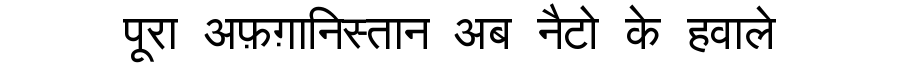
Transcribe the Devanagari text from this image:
पूरा अफ़ग़ानिस्तान अब नैटो के हवाले